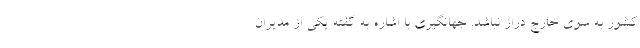
کشور به سوی خارج دراز نباشد. جهانگیری با اشاره به گفته یکی از مدیران